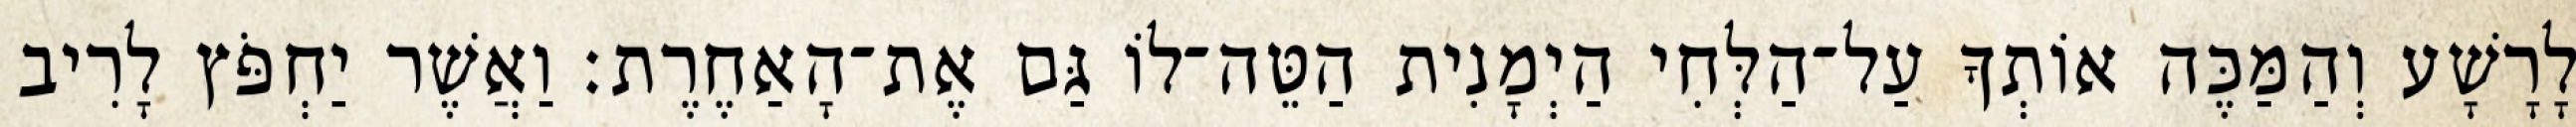
לָרָשָׁע וְהַמַּכֶּה אוֹתְךָ עַל־הַלְּחִי הַיְמָנִית הַטֵּה־לוֹ גַּם אֶת־הָאַחֶרֶת׃ וַאֲשֶׁר יַחְפֹּץ לָרִיב